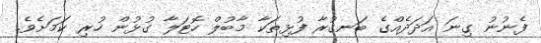
ފެނުނު ގިނަ އަދަދެއްގެ ބަނގުރާ ފުޅިތަކާ މާބުލް ހޮޓަލާ ގުޅުން ހުރި ކަމަށެވެ.